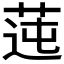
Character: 𦰭